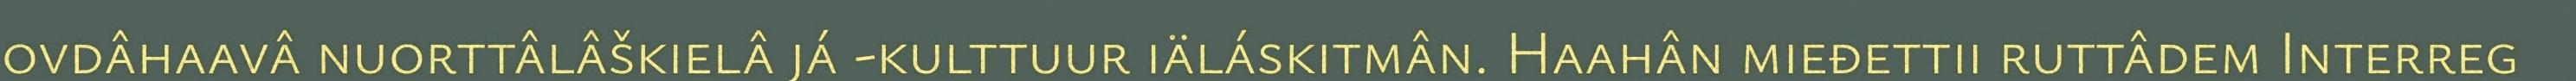
ovdâhaavâ nuorttâlâškielâ já -kulttuur iäláskitmân. Haahân mieđettii ruttâdem Interreg